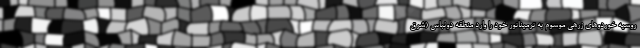
روسیه خوردوهای زرهی موسوم به ترمیناتور خود را وارد منطقه دونباس (شرق